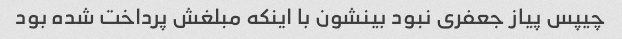
چیپس پیاز جعفری نبود بینشون با اینکه مبلغش پرداخت شده بود